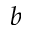
b